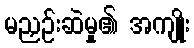
မညှဉ်းဆဲမှု၏ အကျိုး